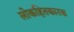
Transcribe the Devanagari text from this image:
लोकहितकारक